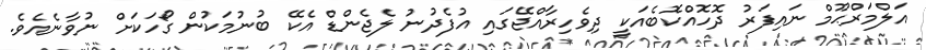
އަލްމަރްޙޫމް ނައިފަރު ދޮހޮއްކޮބެއަކީ ދިވެހިރާއްޖޭގައި އުފެދުނު ލެޖެންޑް އެކޭ ބުނުމަކުން ގޯހަކަށް ނުވާނެއެވެ.